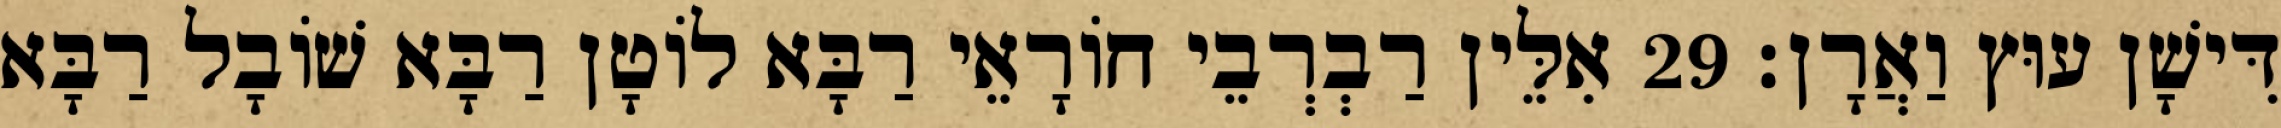
דִּישָׁן עוּץ וַאֲרָן׃ 29 אִלֵּין רַבְרְבֵי חוֹרָאֵי רַבָּא לוֹטָן רַבָּא שׁוֹבָל רַבָּא